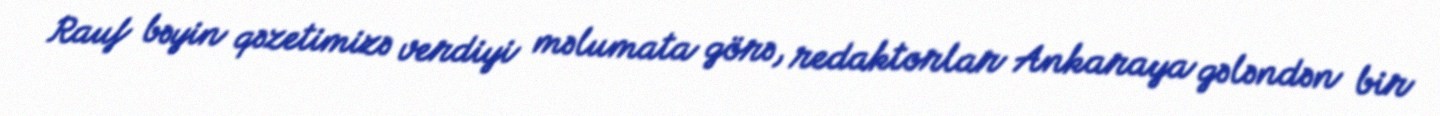
Rauf bəyin qəzetimizə verdiyi məlumata görə, redaktorlar Ankaraya gələndən bir